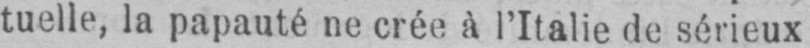
tuelle, la papauté ne crée à l’Italie de sérieux